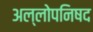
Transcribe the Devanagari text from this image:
अल्लोपनिषद